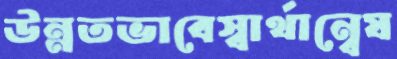
উন্নতভাবেস্বার্থান্বেষ